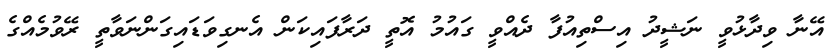
އޭނާ ވިދާޅުވީ ނަޝީދު އިސްތިއުފާ ދެއްވީ ގައުމު އޮތީ ދަރާފައިކަން އެނގިވަޑައިގަންނަވާތީ ރޭވުމެއްގެ